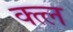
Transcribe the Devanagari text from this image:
क्त्ल